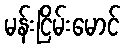
မန်းငြိမ်းမောင်